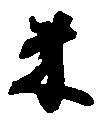
米